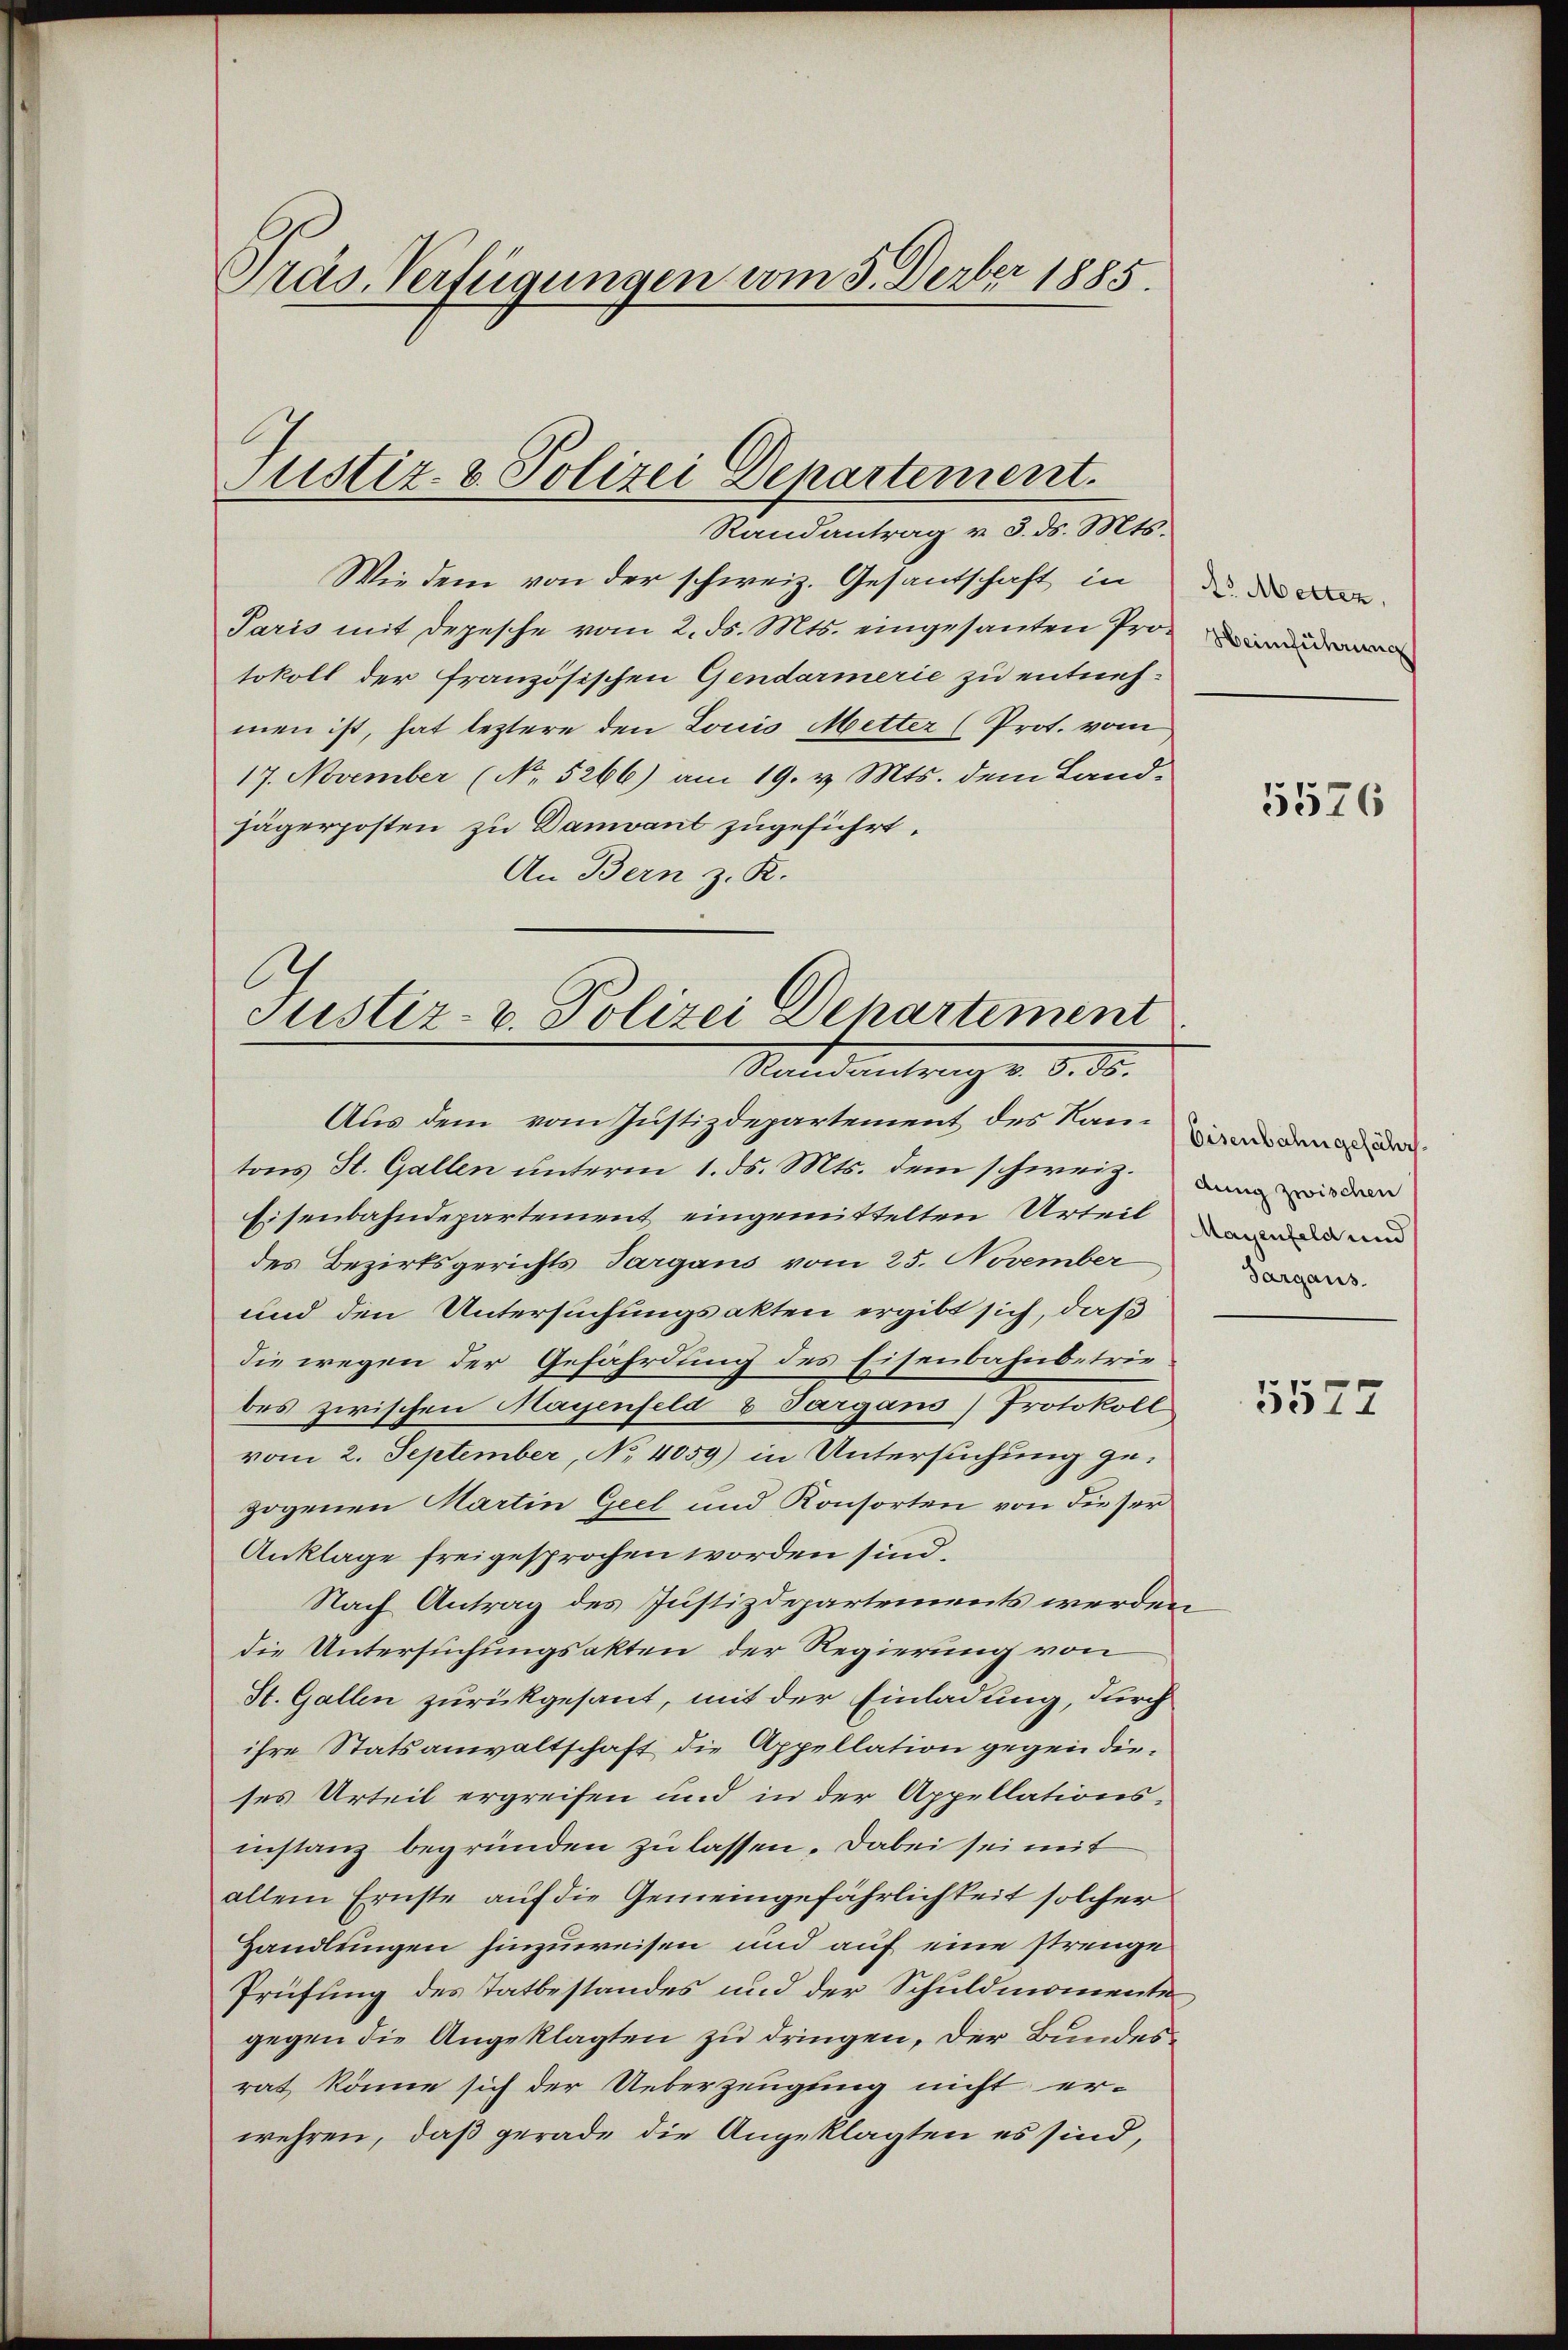
Präs. Verfügungen vom 3. Derber 1885.

Randantrag v. 3. ds. Mts.
Wie dem von der schweiz. Gesantschaft in
Paris mit Depesche vom 2. ds. Mts. eingesanten Protokoll der französischen Gendarmerie zu entnehmen ist, hat leztere den Louis Metter (Prot. vom
17. November (No. 5266) am 19. v. Mts. dem Land-
jägerposten zu Damvant zugeführt.
An Bern z. K.

Justiz- & Polizei Departement.

Justiz- u. Polizei Departiment
Standentirung v. 5. d.

t. Metter,
Heimführung

Aus dem vom Justizdepartement des Kantons St. Gallen unterm 1. ds. Mts. dem schweiz. La der
Eisenbahndepartement eingemittelten Urteile den und
des Bezirksgerichts Targans vom 25. November
und den Untersuchungsakten ergibt sich, daß
die wegen der Gefährdung des Eisenbahnbetriebes zwischen Mayenfeld & Sargans) Protokoll
vom 2. September, No. 4059) in Untersuchung gezogenen Martin Geel und Konsorten von dieser
Anklage freigesprochen worden sind.
Nach Antrag des Justizdepartements werden
die Untersuchungsakten der Regierung von
St. Gallen zurückgesant, mit der Einladung, durch
ihre Statsanwaltschaft die Appellation gegen dieses Urteil ergreifen und in der Appellationsinstanz begründen zu lassen. Dabei sei mit
allein Ernste auf die Gemeingefährlichkeit solcher
Handlungen hinzuweisen und auf eine strenge
Prüfung des Tatbestandes und der Schuldmomente
gegen die Angeklagten zu dringen, der Bundesrat könne sich der Ueberzeugung nicht er-
wehren, daß gerade die Angeklagten es sind,

5576

Eisenbahn gefährt.
Sargaus.
5577